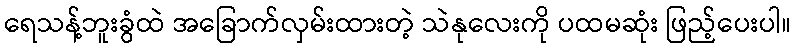
ရေသန့်ဘူးခွံထဲ အခြောက်လှမ်းထားတဲ့ သဲနုလေးကို ပထမဆုံး ဖြည့်ပေးပါ။